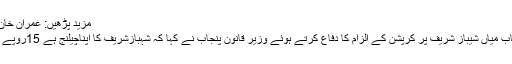
مزید پڑھیں: عمران خان پاکستان کے ڈونلڈ ٹرمپ ہیں،رانا ثناءاللہ
عمران خان کی جانب سے وزیر اعلیٰ پنجاب میاں شیباز شریف پر کرپشن کے الزام کا دفاع کرتے ہوئے وزیر قانون پنجاب نے کہا کہ شہبازشریف کا اپناچیلنج ہے 15روپے کی بھی کرپشن ہو تو سیاست کا حق نہیں۔